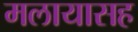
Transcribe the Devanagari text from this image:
मलायासह